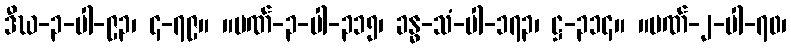
ဒီဃ-၃-ပါ-၉၃၊ ၄-၇၉။ ။ပဏ်-၃-ပါ-၃၁၅၊ ခန္ဓ-သံ-ပါ-၁၇၃၊ ဋ္ဌ-၃၁၄။ ။ပဏ်-၂-ပါ-၇၀၊